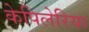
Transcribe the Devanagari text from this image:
केपिलेरिया